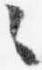
々